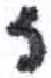
אות: ז